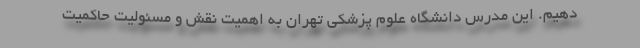
دهیم. این مدرس دانشگاه علوم پزشکی تهران به اهمیت نقش و مسئولیت حاکمیت